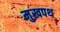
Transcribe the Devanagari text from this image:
मुखपथ